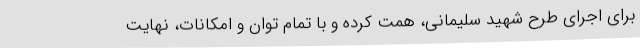
برای اجرای طرح شهید سلیمانی، همت کرده و با تمام توان و امکانات، نهایت